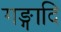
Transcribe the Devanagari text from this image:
गङ्गादि